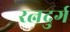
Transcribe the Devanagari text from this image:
रत्नदुर्ग